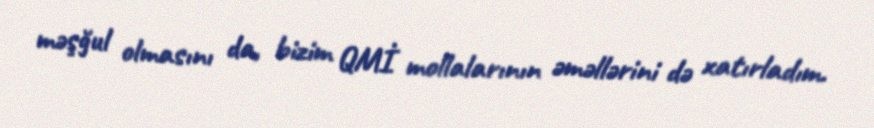
məşğul olmasını da, bizim QMİ mollalarının əməllərini də xatırladım.